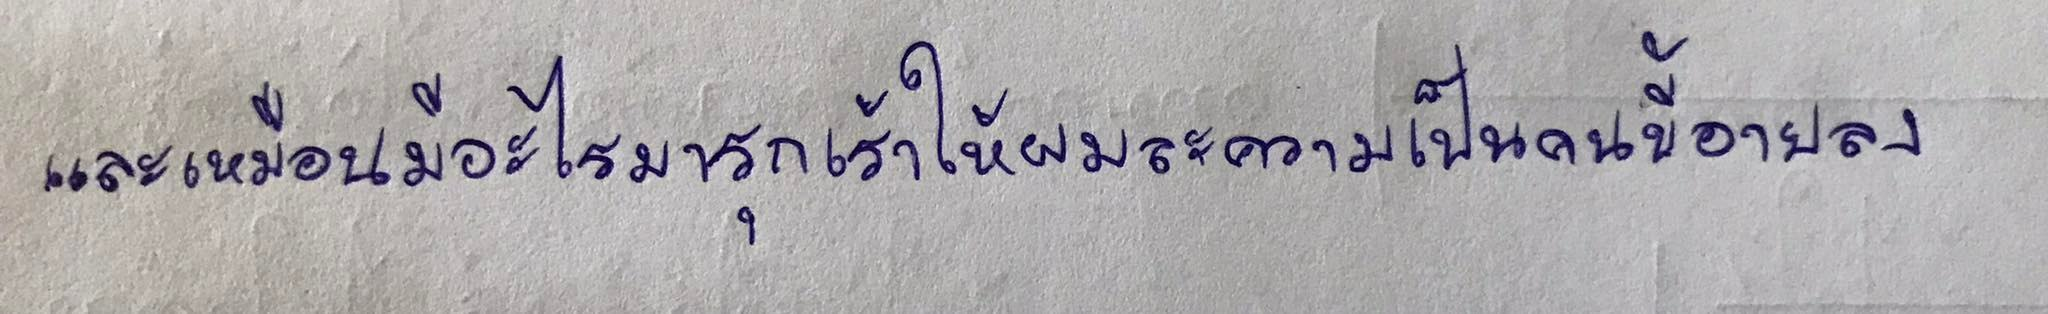
และเหมือนมีอะไรมารุกเร้าให้ผมละความเป็นคนขี้อายลง